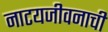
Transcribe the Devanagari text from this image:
नाटयजीवनाची